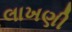
લાખણી